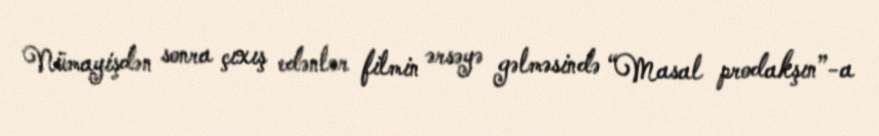
Nümayişdən sonra çıxış edənlər filmin ərsəyə gəlməsində “Masal prodakşın”-a